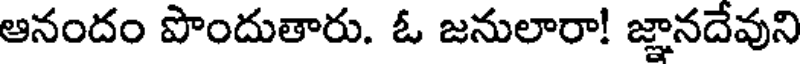
ఆనందం పొందుతారు. ఓ జనులారా! జ్ఞానదేవుని